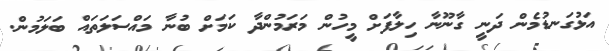
އަޅުގަނޑުމެން ދަނީ ގާނޫނާ ހިލާފަށް މީހުން މަރަމުންދާ ކަމަށް ބުނާ މައްސަލަތައް ބަލަމުން.